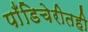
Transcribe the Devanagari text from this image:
पाँडिचेरीतही